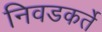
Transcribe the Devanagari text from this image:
निवडकर्ते